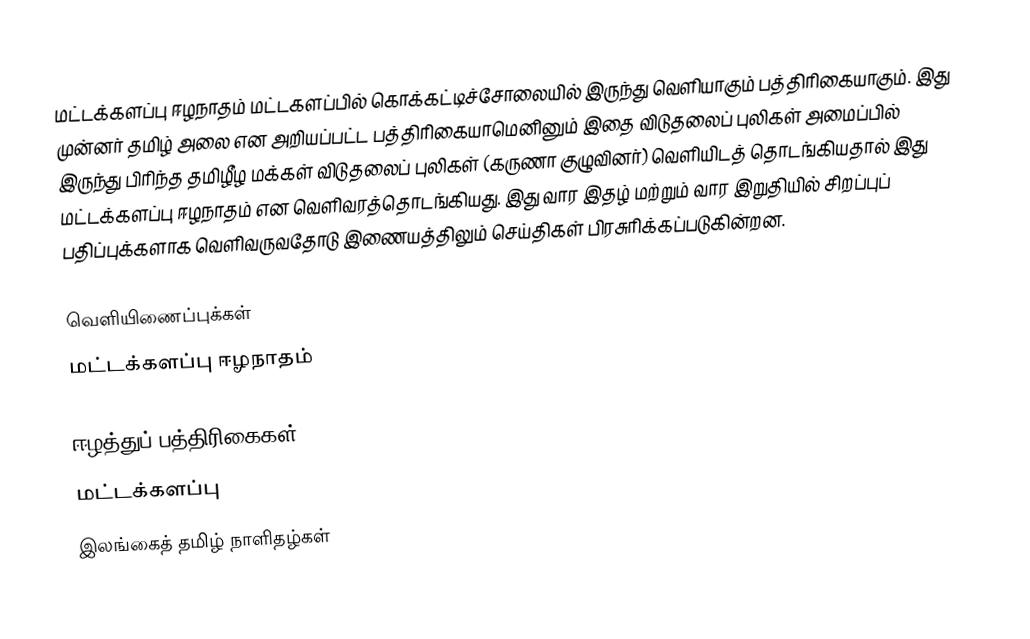
மட்டக்களப்பு ஈழநாதம் மட்டகளப்பில் கொக்கட்டிச்சோலையில் இருந்து வெளியாகும் பத்திரிகையாகும். இது முன்னர் தமிழ் அலை என அறியப்பட்ட பத்திரிகையாமெனினும் இதை விடுதலைப் புலிகள் அமைப்பில் இருந்து பிரிந்த தமிழீழ மக்கள் விடுதலைப் புலிகள் (கருணா குழுவினர்) வெளியிடத் தொடங்கியதால் இது மட்டக்களப்பு ஈழநாதம் என வெளிவரத்தொடங்கியது. இது வார இதழ் மற்றும் வார இறுதியில் சிறப்புப் பதிப்புக்களாக வெளிவருவதோடு இணையத்திலும் செய்திகள் பிரசுரிக்கப்படுகின்றன.

வெளியிணைப்புக்கள்
மட்டக்களப்பு ஈழநாதம்

ஈழத்துப் பத்திரிகைகள்
மட்டக்களப்பு
இலங்கைத் தமிழ் நாளிதழ்கள்